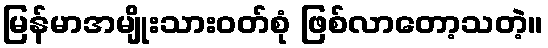
မြန်မာအမျိုးသားဝတ်စုံ ဖြစ်လာတော့သတဲ့။